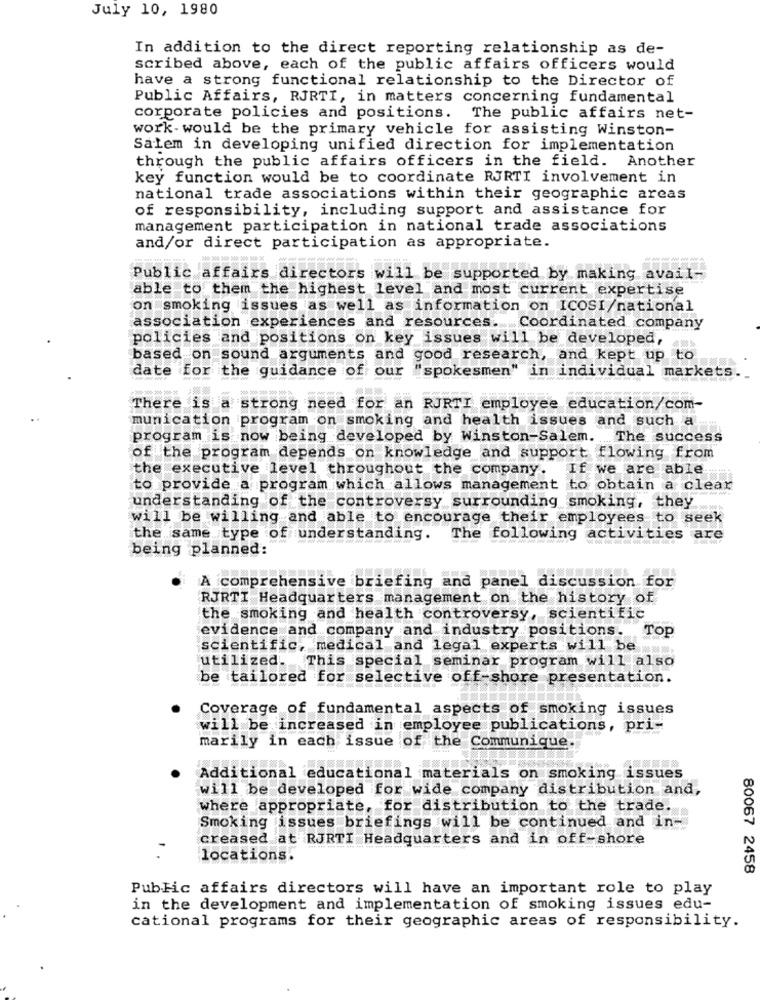
July 10, 1980
In addition to the direct reporting relationship as de-
scribed above, each of the public affairs officers would
have a strong functional relationship to the Director of
Public Affairs, RJRTI, in matters concerning fundamental
corporate policies and positions. The public affairs net-
work- would be the primary vehicle for assisting Winston-
Salem in developing unified direction for implementation
through the public affairs officers in the field. Another
key function would be to coordinate RJRTI involvement in
national trade associations within their geographic areas
of responsibility, including support and assistance for
management participation in national trade associations
and/or direct participation as appropriate.
Public affairs directors will be supported by making avail-
able to them the highest level and most current expertise
on smoking issues as well as information on ICOSI/national
association experiences and resources. Coordinated company
policies and positions on key issues will be developed,
based on sound arguments and good research, and kept up to
date for the guidance of our
"spokesmen" in individual markets
There is a strong need for an RJRTI employee education/com-
munication program on smoking and health issues and such a
program is now being developed by Winston-Salem. The success
of the program depends on knowledge and support flowing from
the executive level throughout the company. If we are able
to provide a program which allows management to obtain a clear
understanding of the controversy surrounding smoking, they
will be willing and able to encourage their employees to seek
the same type of understanding.
The following activities
are
being planned:
A comprehensive briefing and panel discussion for
RJRTI Headquarters management on the history of
the smoking and health controversy, scientific
evidence and company and industry positions.
TOP
scientific, medical and legal experts will be'
utilized. This special seminar program will also
be tailored for selective off-shore presentation.
Coverage of fundamental aspects of smoking issues
will be increased in employee publications, pri-
marily in each issue of the Communique.
Additional educational materials on smoking issues
will be developed for wide company distribution and,
where appropriate, for distribution to the trade.
Smoking issues briefings will be continued and in-
creased at RJRTI Headquarters and in off-shore
locations.
80067 2458
Public affairs directors will have an important role to play
in the development and implementation of smoking issues edu-
cational programs for their geographic areas of responsibility.